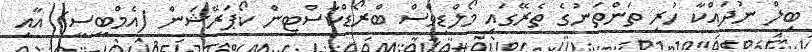
ބިލް ނުދައްކާ ހުރި ތަންތަނުގެ ތެރޭގައި މޯލްޑިވްސް ބްރޯޑްކާސްޓިން ކޯޕަރޭޝަން (އެމްބީސީ) އާއި